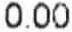
0.00